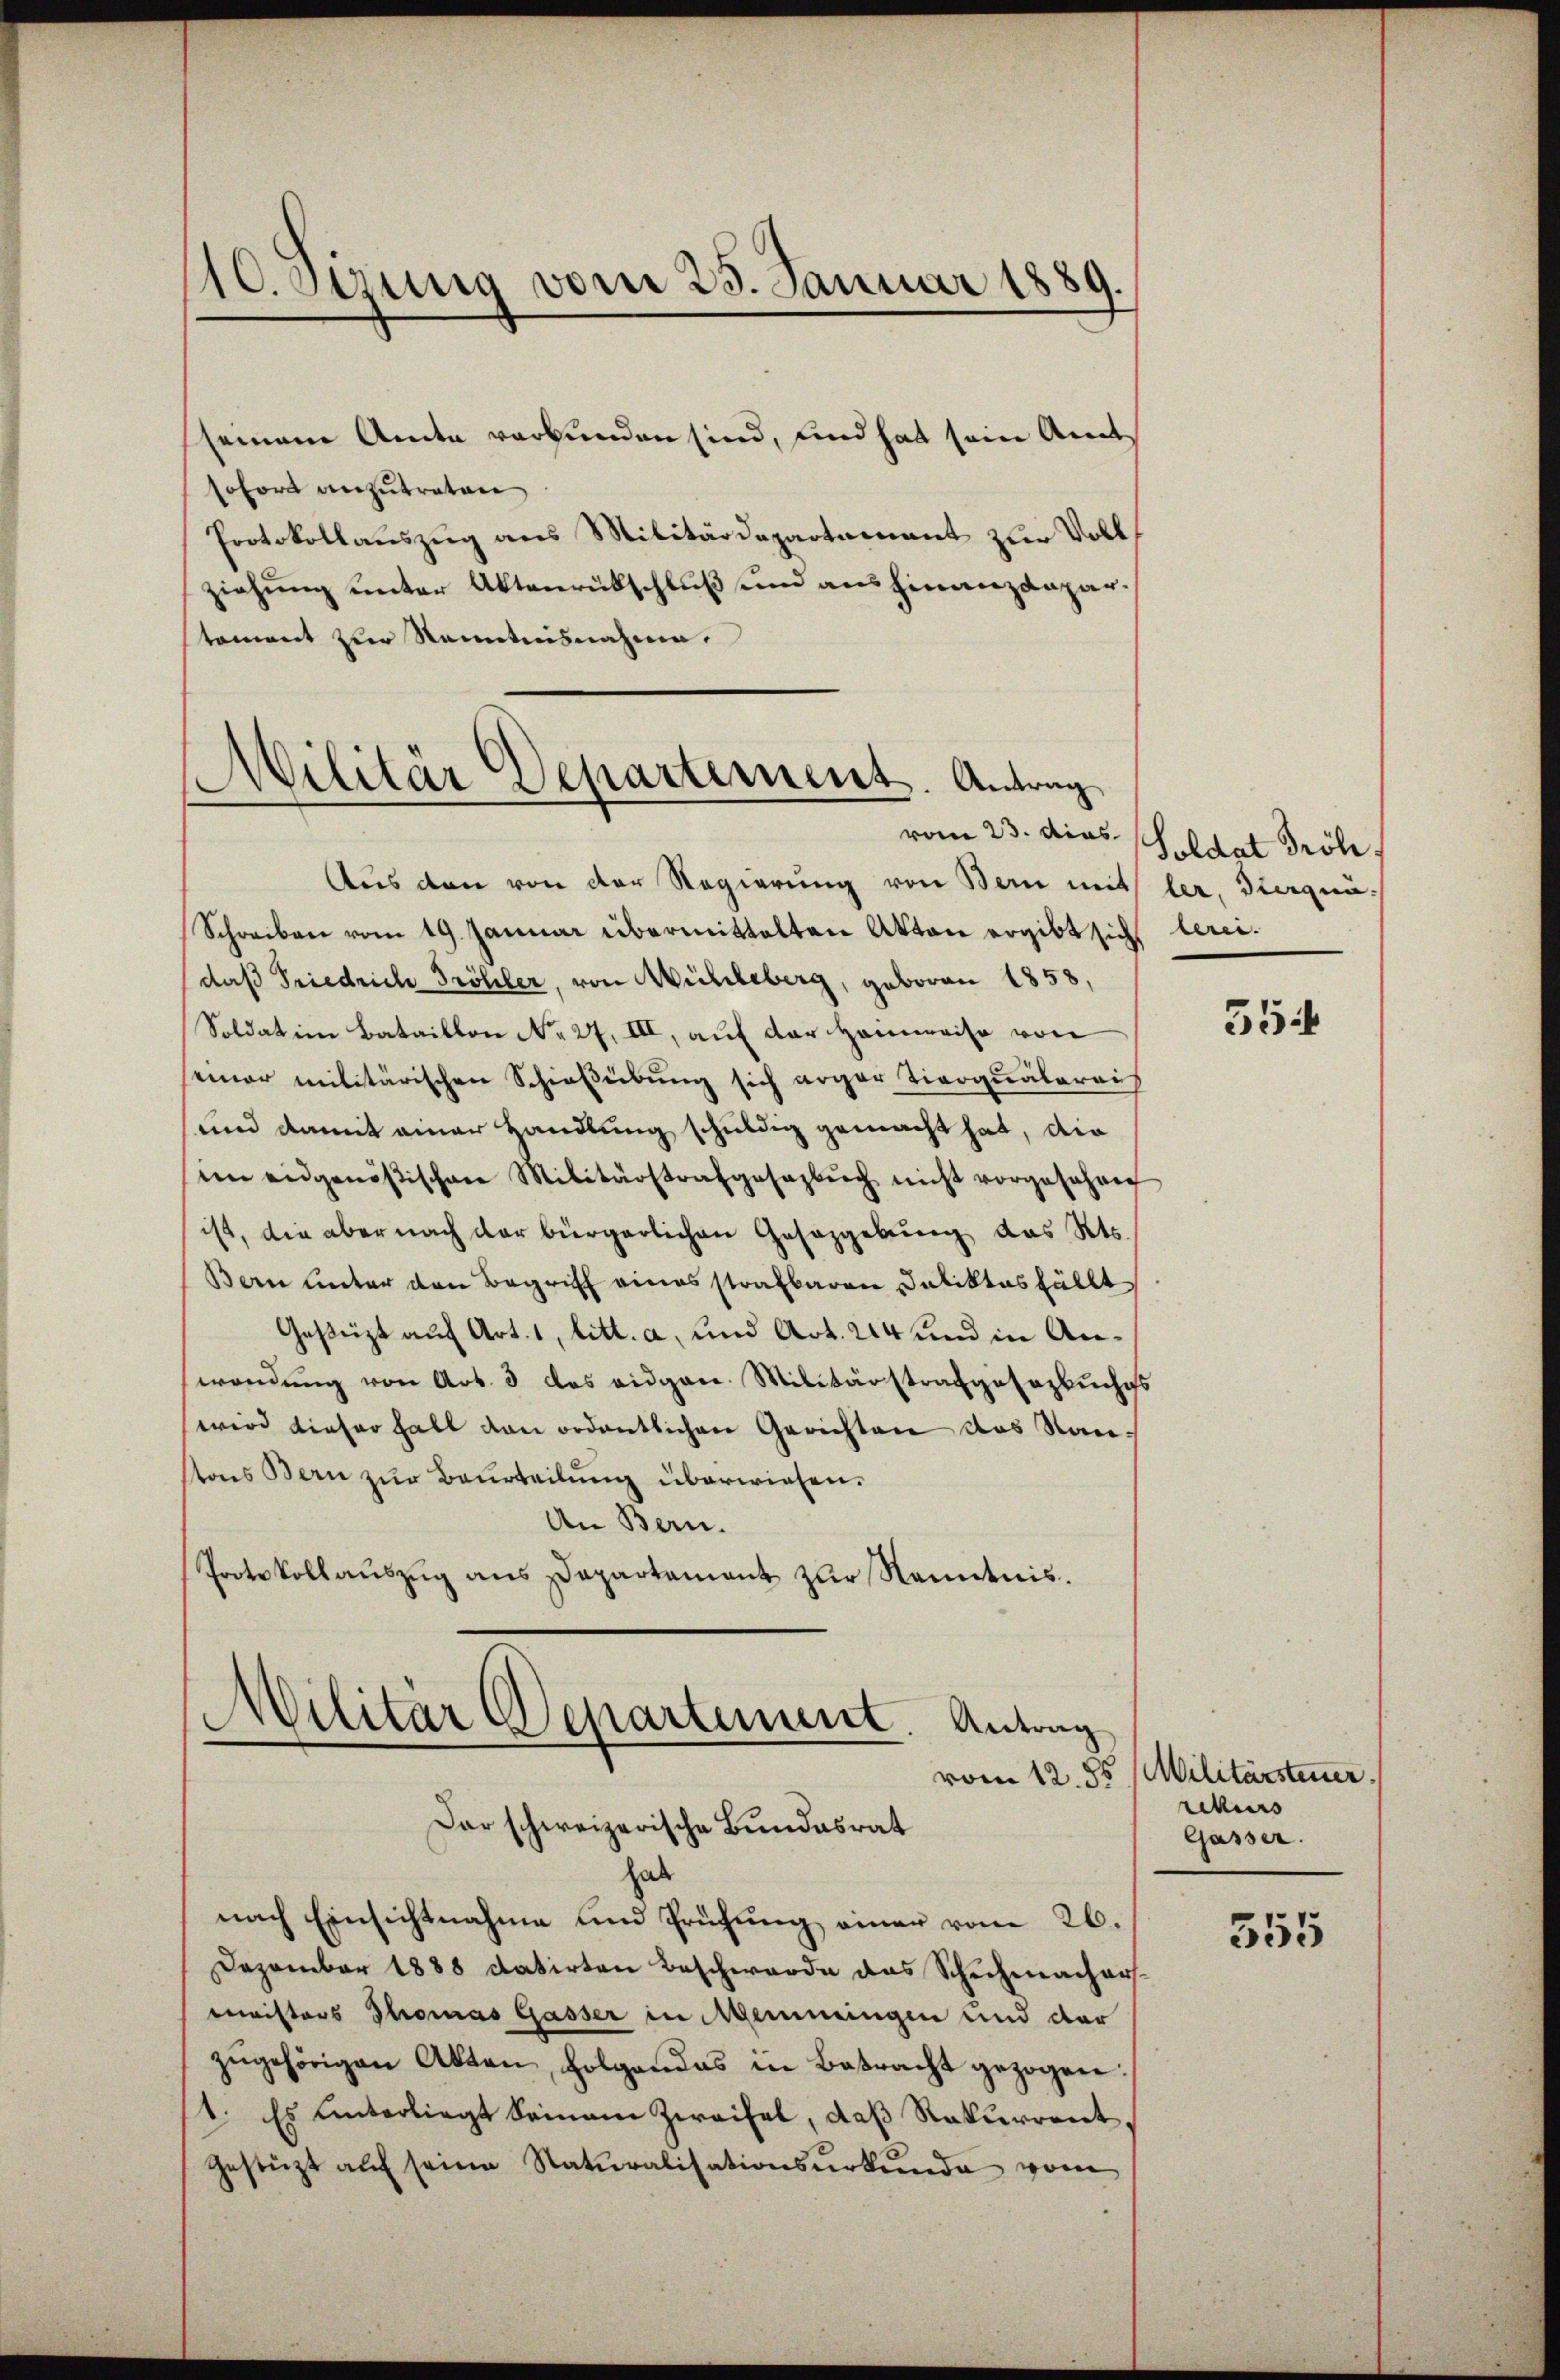
10. Serung vom 25. Januar 1880

seinem Amte verbunden sind, und hat sein Amts
sofort anzutreten
Protokollauszug aus Militärdepartament zur Vollziehung unter Aktenrübschluß und aus hinanzdepartoment zur Kenntnisnahme.

Militär Departement. Antrag

Aus den von der Regierung von Bern mit ler, Dierqua-
Schreiben vom 19. Januar übermittelten Akten ergibt sich bereidaß Friedrich Fröhler, von Mühleberg, geboren 1858,
Soldat im Bataillon No 27, III, auf der Hanweise von
einer militärischen Schießübung sich arger Tiroquälerei
und damit einer Handlung schuldig gemacht hat, die
eim eidgenößischen Militärstrafgesagbŭch nicht vorgesehen
ist, die aber nach der bürgerlichen Gesazgebung das Kts.
Bern unter den Begriff eines strafbaren Deliktes fällt
Gesezt auf Art. 1, litt. a, und Art. 214 und in Anwendŭng von Art. 3 das eidgen. Militärstrafgesezbuchgs
wird dieser halt von ordentlichen Gerichten das Stantons Bern zur Beurteilung überwiesen.
An Bern.
Protokollauszug aus Departamant zur Kenntnis.

hab
nach Einsichtnahme und Prüfung einer vom 26.
Dezember 1888 datirten Beschwerde das Schuhmachersministers Thomas Gasser in Menningen und der
zŭgehörigen Akten, folgendes in Betracht gezogen:
1. Es unterliegt seinem Zweifel, daß Rekurrent,
gestützt auf seine Naturalisationsurkunde vom

Militär Departement. Antrag
vom 12. 85
Dar schweizerische Bundesrat

vom 23. dies Soldat Tröh.

55:

Militärsteuer
rkurs
Gasser.

355